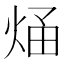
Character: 𭴶